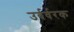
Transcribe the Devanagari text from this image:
उर्वर्वरक